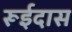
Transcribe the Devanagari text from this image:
रूईदास